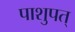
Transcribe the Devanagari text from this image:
पाशुपत्